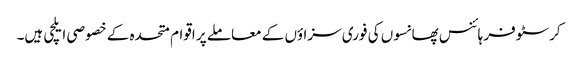
کرسٹوفر ہائنس پھانسوں کی فوری سزاؤں کے معاملے پر اقوام متحدہ کے خصوصی ایلچی ہیں۔